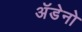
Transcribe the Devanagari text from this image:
अॅडेनो